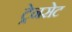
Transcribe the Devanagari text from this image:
ट्रेनसेट